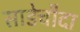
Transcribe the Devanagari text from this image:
साडेचौदा